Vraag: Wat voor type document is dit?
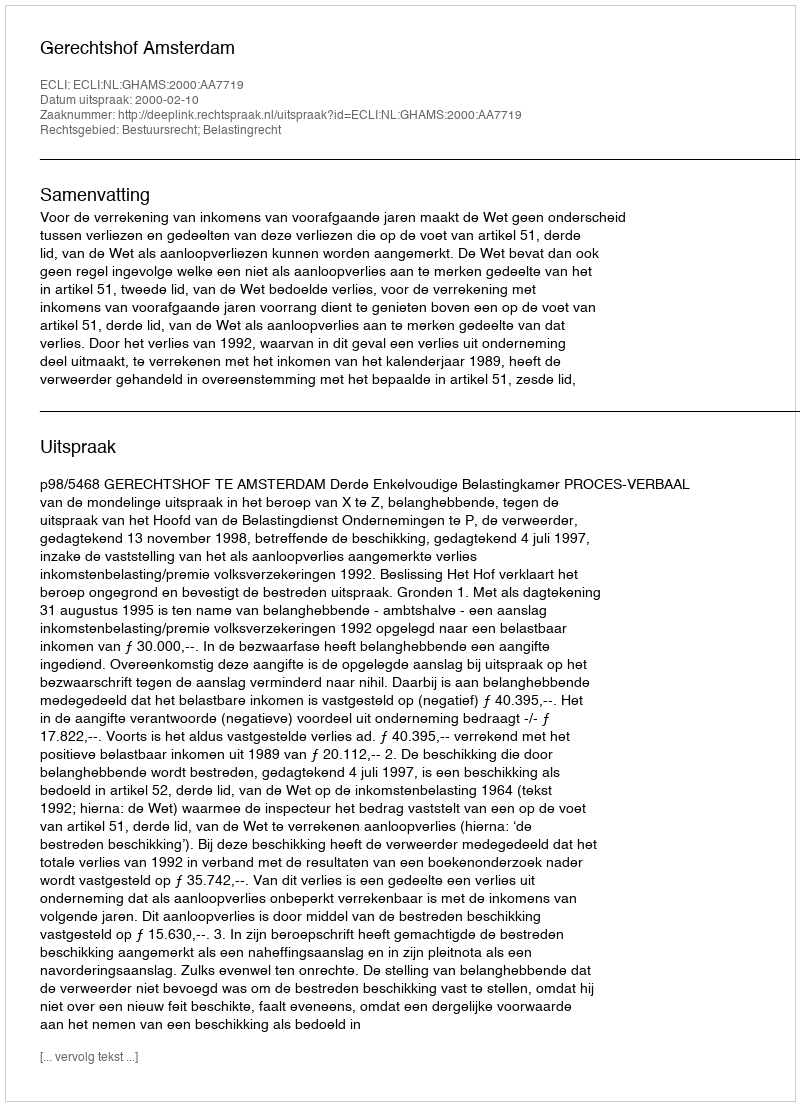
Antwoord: Uitspraak